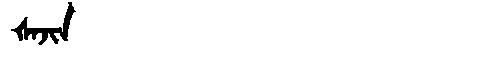
Manchu: ᡧᠠᠵᡳᠨ
Romanization: ŠAJIN